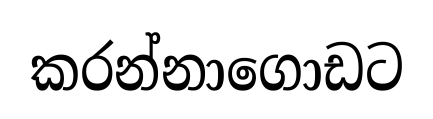
කරන්නාගොඩට